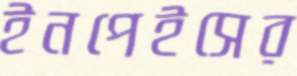
ইনপেইসের